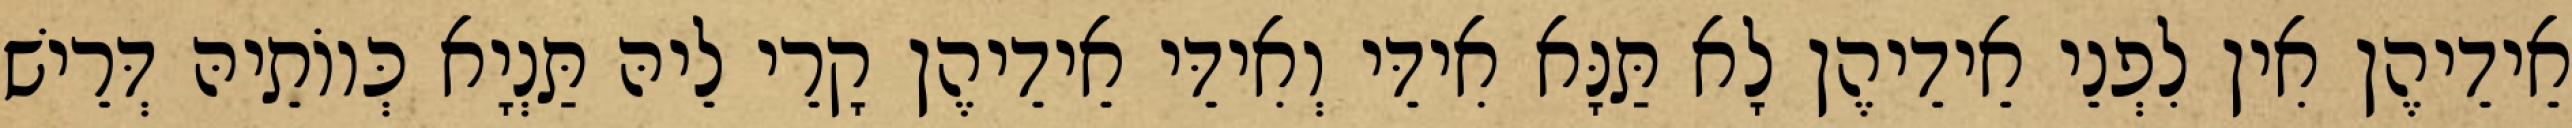
אֵידֵיהֶן אִין לִפְנֵי אֵידֵיהֶן לָא תַּנָּא אִידֵּי וְאִידֵּי אֵידֵיהֶן קָרֵי לֵיהּ תַּנְיָא כְּווֹתֵיהּ דְּרֵישׁ